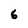
Character: 6